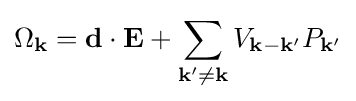
\Omega _{\mathbf {k} }=\mathbf {d} \cdot \mathbf {E} +\sum _{\mathbf {k} '\neq \mathbf {k} }V_{\mathbf {k} -\mathbf {k} '}P_{\mathbf {k} '}